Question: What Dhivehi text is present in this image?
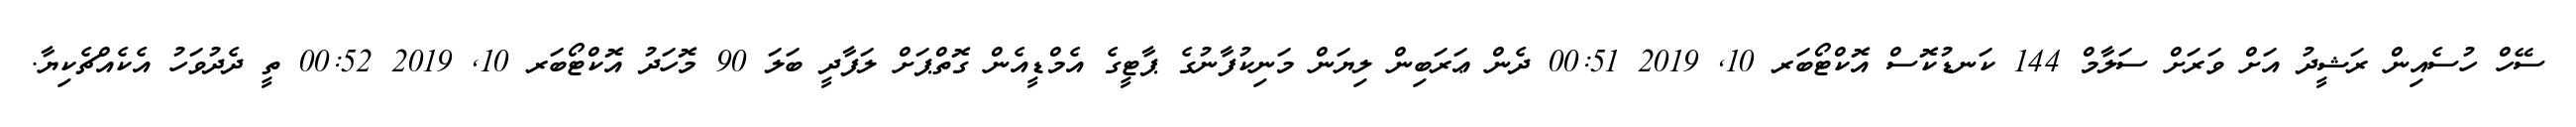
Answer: ސޭހް ހުސެއިން ރަޝީދު އަށް ވަރަށް ސަލާމް 144 ކަނޑުކޮސް އޮކްޓޯބަރ 10, 2019 00:51 ދެން ޢަރަބިން ލިޔަން މަނިކުފާނުގެ ޕާޓީގެ އެމްޑީއެން ގޮތްޕަށް ލަފާދީ ބަލަ 90 މޮހަދު އޮކްޓޯބަރ 10, 2019 00:52 ތީ ދެދުވަހު އެކެއްޗެކިޔާ.